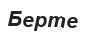
Берте